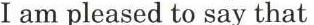
I am pleased to say that